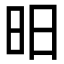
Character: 昍